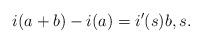
LaTeX: \begin{align*} i(a+b)-i(a)=i'(s)b, s . \end{align*}